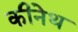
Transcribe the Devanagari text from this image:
कीनेथ